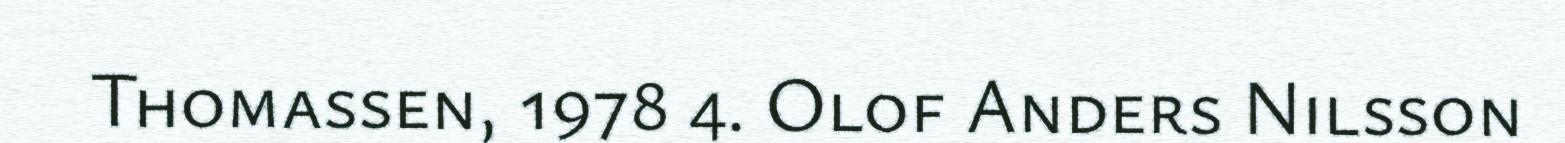
Thomassen, 1978 4. Olof Anders Nilsson